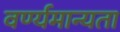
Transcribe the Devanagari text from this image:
वर्ण्यमान्यता